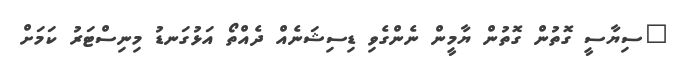
"ސިޔާސީ ގޮތުން ގޮތުން ޔާމީން ނެންގެވި ޑިސިޝަނެއް ދެއްތޯ އަޅުގަނޑު މިނިސްޓަރު ކަމަށް